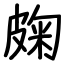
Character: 龾